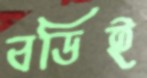
বডিই